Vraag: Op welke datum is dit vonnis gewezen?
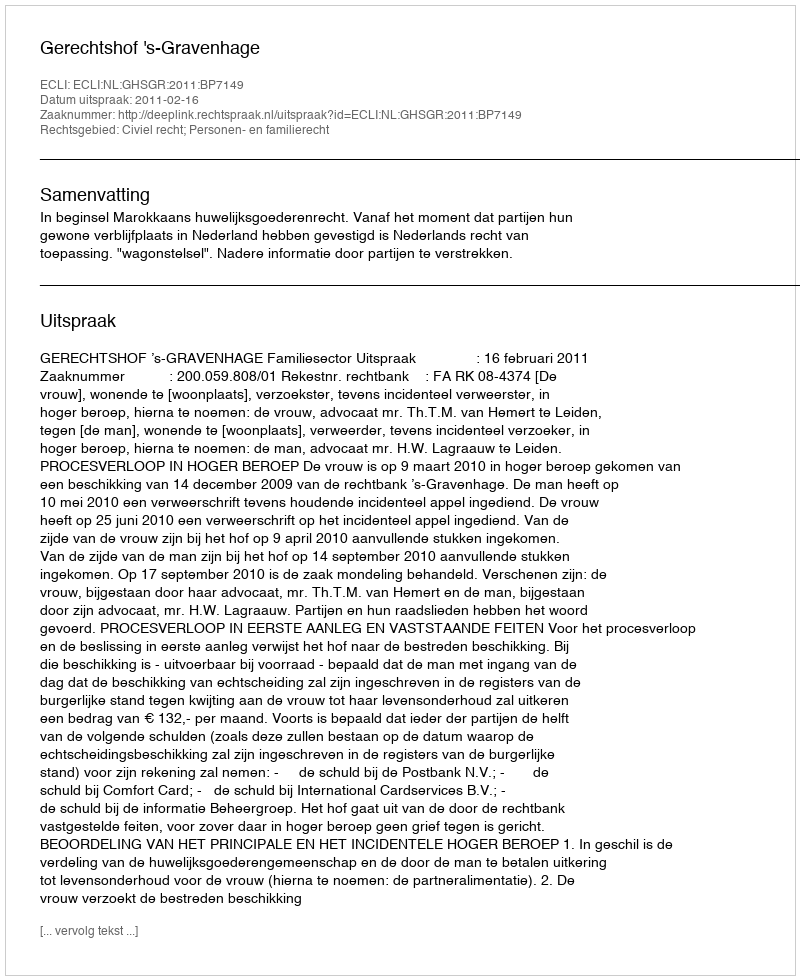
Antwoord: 2011-02-16